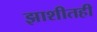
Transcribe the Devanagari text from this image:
झाशीतही